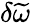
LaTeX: \delta\widetilde{\omega}